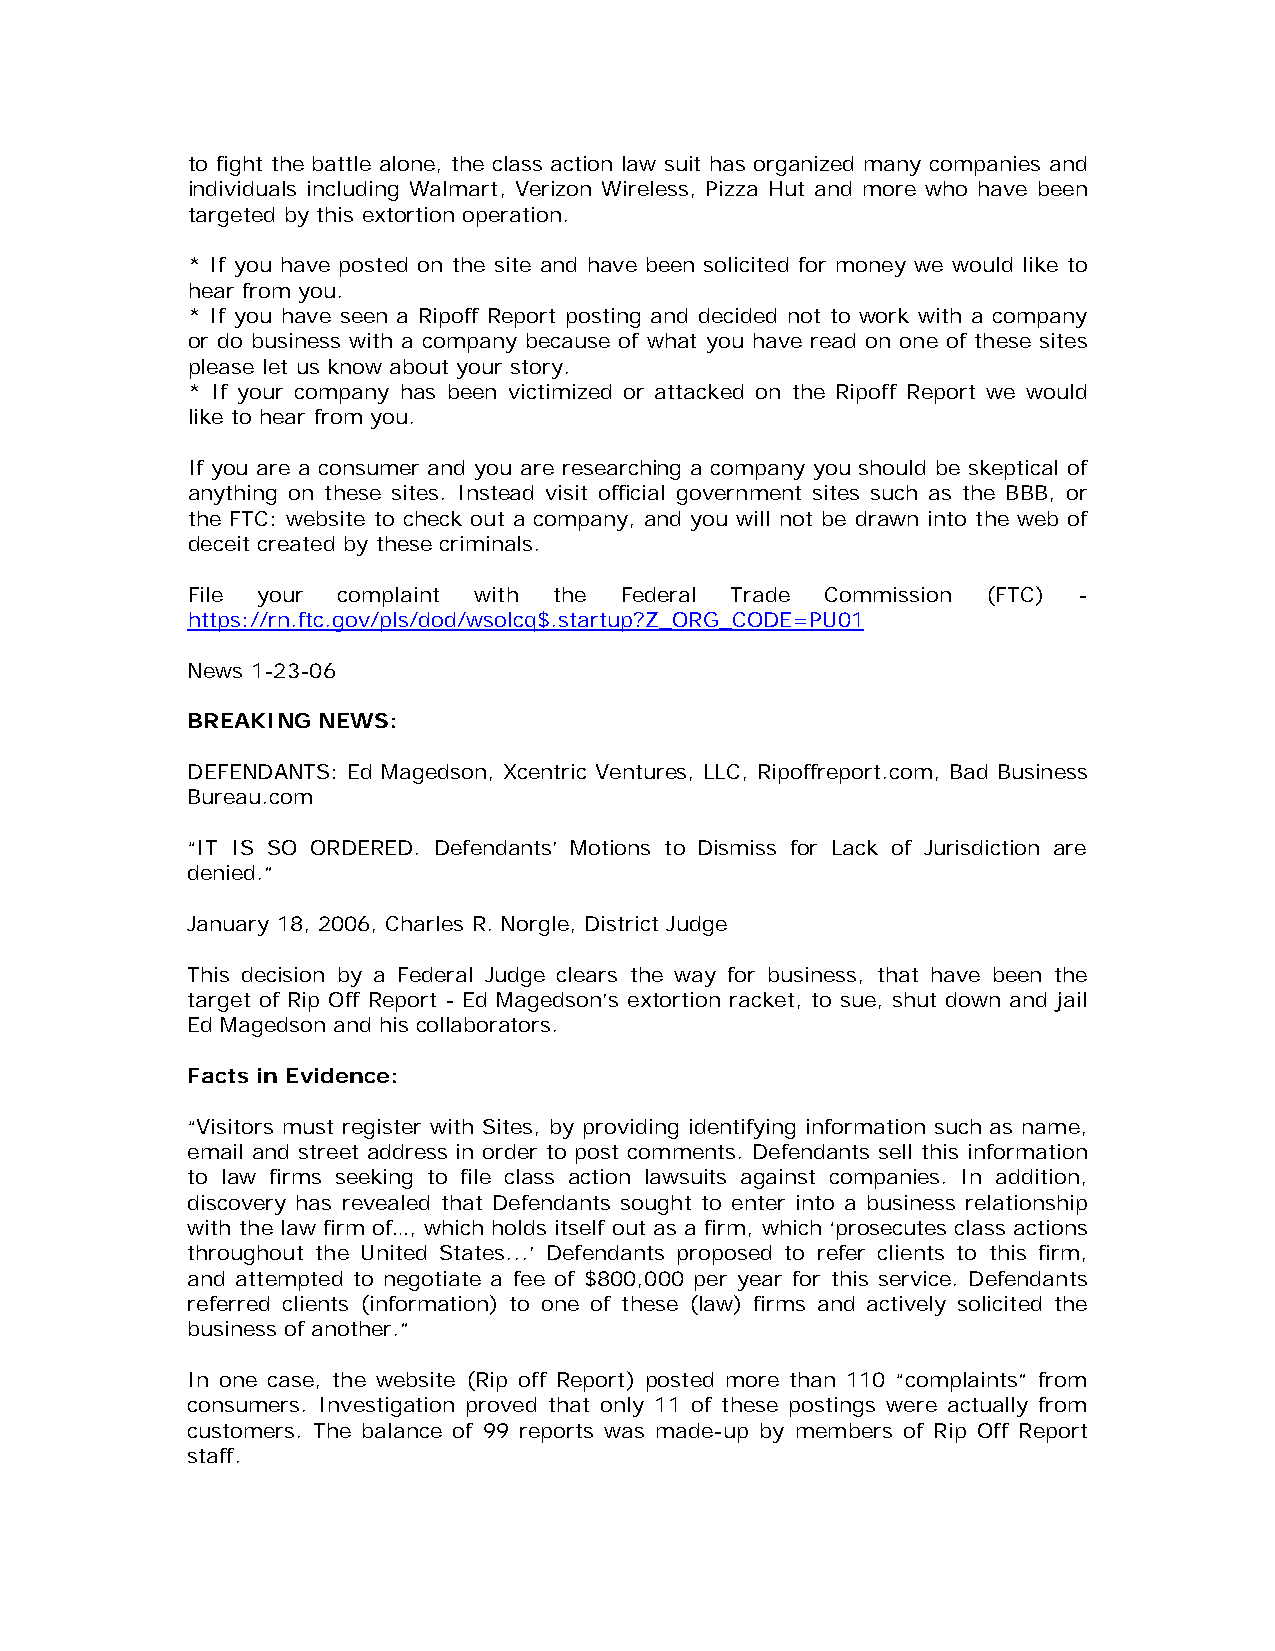
to fight the battle alone, the class action law suit has organized many companies and
 individuals including Walmart, Verizon Wireless, Pizza Hut and more who have been
 targeted by this extortion operation.
 * If you have posted on the site and have been solicited for money we would like to
 hear from you.
 * If you have seen a Ripoff Report posting and decided not to work with a company
 or do business with a company because of what you have read on one of these sites
 please let us know about your story.
 * If your company has been victimized or attacked on the Ripoff Report we would
 like to hear from you.
 If you are a consumer and you are researching a company you should be skeptical of
 anything on these sites. Instead visit official government sites such as the BBB, or
 the FTC: website to check out a company, and you will not be drawn into the web of
 deceit created by these criminals.
 File your complaint with the Federal Trade Commission (FTC) -
 https://rn.ftc.gov/pls/dod/wsolcq$.startup?Z_ORG_CODE=PU01
 News 1-23-06
 BREAKING NEWS:
 DEFENDANTS: Ed Magedson, Xcentric Ventures, LLC, Ripoffreport.com, Bad Business
 Bureau.com
 “IT IS SO ORDERED. Defendants’ Motions to Dismiss for Lack of Jurisdiction are
 denied.”
 January 18, 2006, Charles R. Norgle, District Judge
 This decision by a Federal Judge clears the way for business, that have been the
 target of Rip Off Report - Ed Magedson’s extortion racket, to sue, shut down and jail
 Ed Magedson and his collaborators.
 Facts in Evidence:
 “Visitors must register with Sites, by providing identifying information such as name,
 email and street address in order to post comments. Defendants sell this information
 to law firms seeking to file class action lawsuits against companies. In addition,
 discovery has revealed that Defendants sought to enter into a business relationship
 with the law firm of…, which holds itself out as a firm, which ‘prosecutes class actions
 throughout the United States...’ Defendants proposed to refer clients to this firm,
 and attempted to negotiate a fee of $800,000 per year for this service. Defendants
 referred clients (information) to one of these (law) firms and actively solicited the
 business of another.”
 In one case, the website (Rip off Report) posted more than 110 “complaints” from
 consumers. Investigation proved that only 11 of these postings were actually from
 customers. The balance of 99 reports was made-up by members of Rip Off Report
 staff.